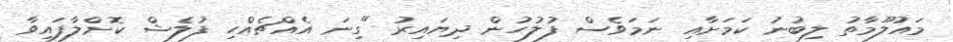
މައުލޫމާތު ލިބުނު ކަމަށާއި ނަމަވެސް ފުލުހުން ދިޔައިރު "ގިނަ އެއްޗެއްހި ފުލެޝް ކޮށްލާފައިވާ